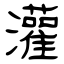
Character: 灌